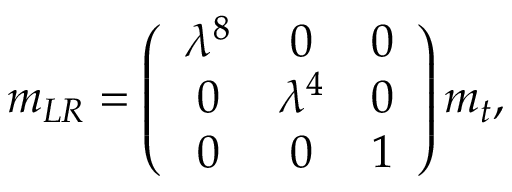
m _ { L R } = \left( \begin{array} { c c c } { { \lambda ^ { 8 } } } & { { 0 } } & { { 0 } } \\ { { 0 } } & { { \lambda ^ { 4 } } } & { { 0 } } \\ { { 0 } } & { { 0 } } & { { 1 } } \end{array} \right) m _ { t } ,